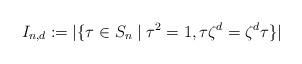
LaTeX: \begin{align*}I_{n,d} := |\{ \tau \in S_n \mid \tau^2 = 1, \tau \zeta^d = \zeta^d \tau \}|\end{align*}